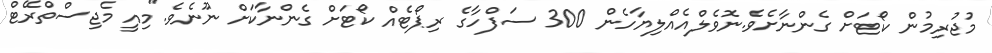
މުޖުރިމުން ކޯޓަށް ގެންނާށެވެ.ނޮވެލްއެއްލިޔާހެން 300 ސަފްހާގެ ރިޕޯޓެއް ކޯޓަށް ގެންނާކަށް ނޫނެވެ."މިއީ މެޖިސްތްރޭޓް